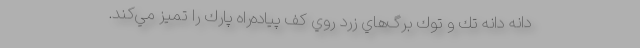
دانه دانه تك و توك برگ‌هاي زرد روي كف پياده‌راه پارك را تميز مي‌كند.